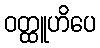
ဝတ္ထူဟိပေ